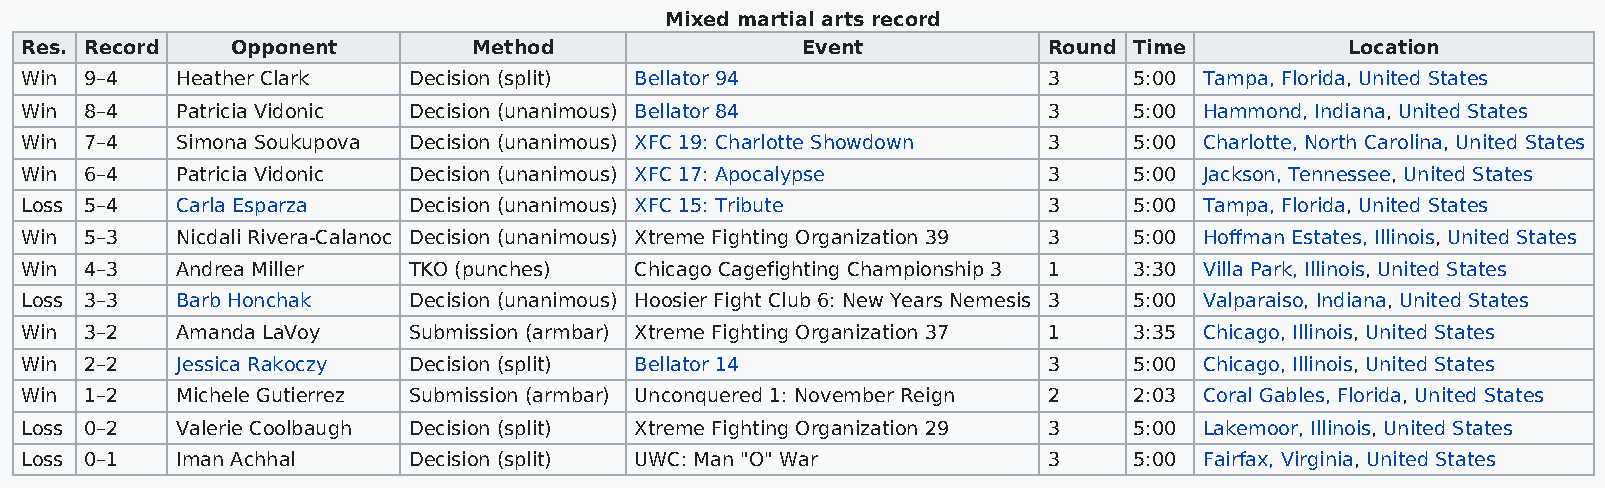
Mixed martial arts record
 Res. Record   Opponent        Method                Event           Round Time          Location
 Win  9–4   Heather Clark  Decision (split) Bellator 94              3     5:00 Tampa, Florida, United States
 Win  8–4   Patricia Vidonic Decision (unanimous) Bellator 84        3     5:00 Hammond, Indiana, United States
 Win  7–4   Simona Soukupova Decision (unanimous) XFC 19: Charlotte Showdown 3 5:00 Charlotte, North Carolina, United States
 Win  6–4   Patricia Vidonic Decision (unanimous) XFC 17: Apocalypse 3     5:00 Jackson, Tennessee, United States
 Loss 5–4   Carla Esparza  Decision (unanimous) XFC 15: Tribute      3     5:00 Tampa, Florida, United States
 Win  5–3   Nicdali Rivera-Calanoc Decision (unanimous) Xtreme Fighting Organization 39 3 5:00 Hoffman Estates, Illinois, United States
 Win  4–3   Andrea Miller  TKO (punches)  Chicago Cagefighting Championship 3 1 3:30 Villa Park, Illinois, United States
 Loss 3–3   Barb Honchak   Decision (unanimous) Hoosier Fight Club 6: New Years Nemesis 3 5:00 Valparaiso, Indiana, United States
 Win  3–2   Amanda LaVoy   Submission (armbar) Xtreme Fighting Organization 37 1 3:35 Chicago, Illinois, United States
 Win  2–2   Jessica Rakoczy Decision (split) Bellator 14             3     5:00 Chicago, Illinois, United States
 Win  1–2   Michele Gutierrez Submission (armbar) Unconquered 1: November Reign 2 2:03 Coral Gables, Florida, United States
 Loss 0–2   Valerie Coolbaugh Decision (split) Xtreme Fighting Organization 29 3 5:00 Lakemoor, Illinois, United States
 Loss 0–1   Iman Achhal    Decision (split) UWC: Man "O" War         3     5:00 Fairfax, Virginia, United States